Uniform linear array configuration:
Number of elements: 32
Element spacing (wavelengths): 1
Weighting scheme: uniform
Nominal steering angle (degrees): -45
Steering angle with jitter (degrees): -43.644
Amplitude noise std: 0.05
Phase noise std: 0.05

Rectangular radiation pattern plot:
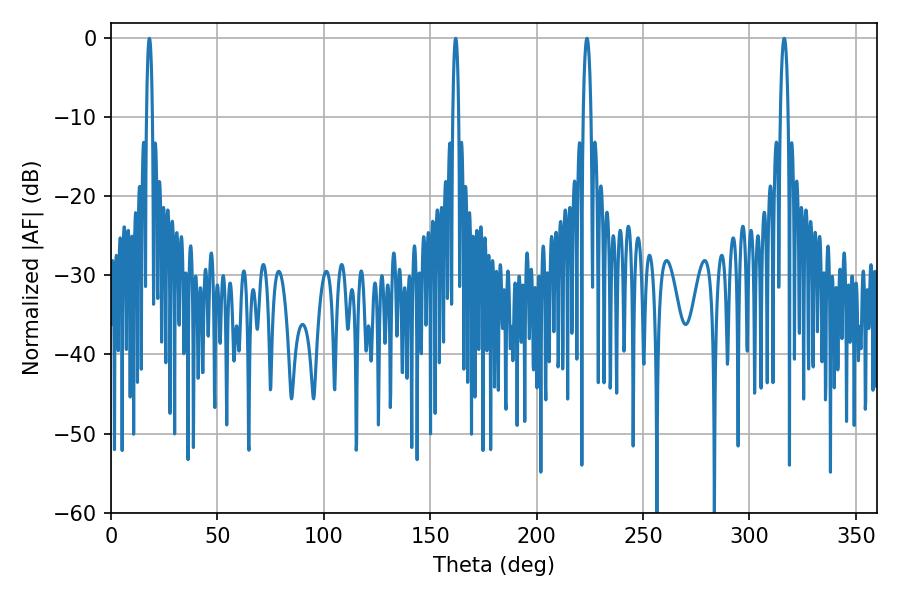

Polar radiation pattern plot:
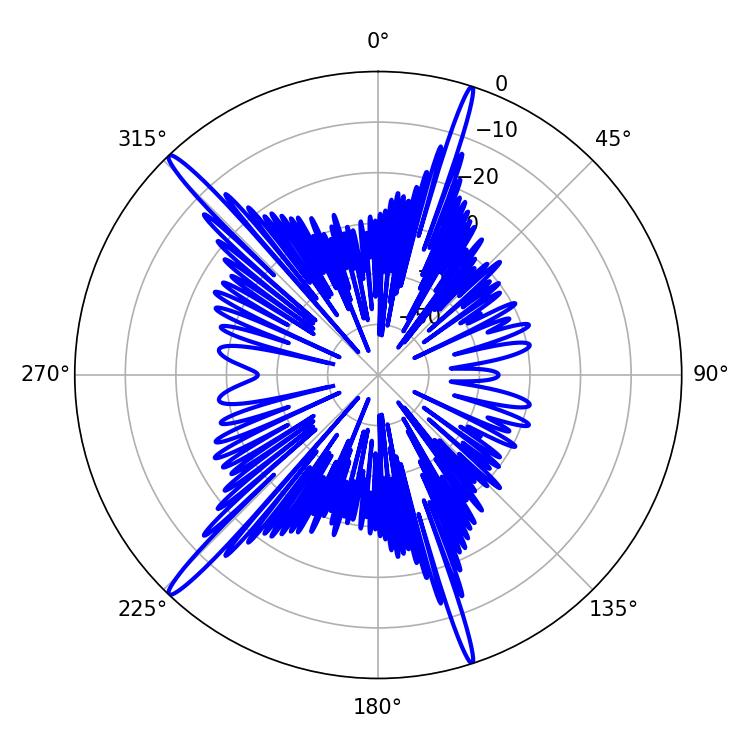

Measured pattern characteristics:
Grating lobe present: TRUE
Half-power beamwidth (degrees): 1.44
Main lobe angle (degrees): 162